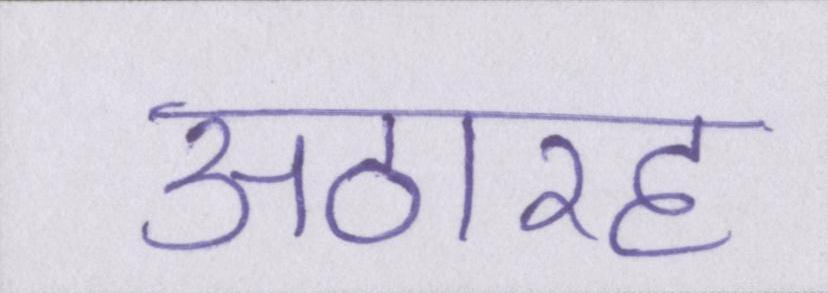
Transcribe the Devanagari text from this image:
अठारह